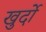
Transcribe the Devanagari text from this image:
खुर्दो